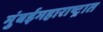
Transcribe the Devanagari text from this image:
मुंबईमहाराष्ट्रात